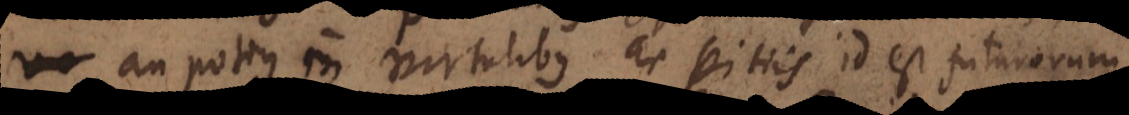
an potius in virtutibus ac vitiis id est futurorum